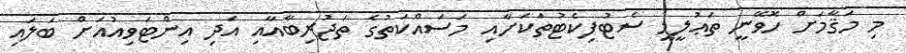
މި މަޤާމަށް ހޮވޭނީ ތަޢުލީމީ ސެޓުފިކެޓުތަކަށާއި މަސައްކަތުގެ ތަޖުރިބާއާއި އަދި އިންޓަވިއުއަށް ބަލައި